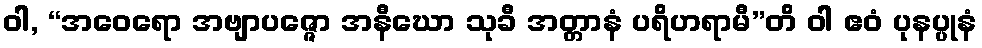
ဝါ, “အဝေရော အဗျာပဇ္ဇော အနီဃော သုခီ အတ္တာနံ ပရိဟရာမီ”တိ ဝါ ဧဝံ ပုနပ္ပုနံ